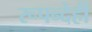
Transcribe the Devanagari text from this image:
रूपन्देही